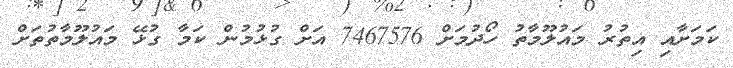
ކަމަށާއި އިތުރު މައުލޫމާތު ހޯދުމަށް 7467576 އަށް ގުޅުމުން ކަމާ ގުޅޭ މައުލޫމާތުތަށް